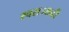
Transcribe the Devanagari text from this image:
स्वराज्यनी